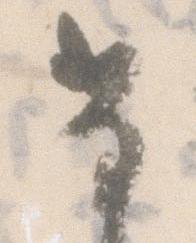
な